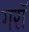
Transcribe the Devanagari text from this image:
गराॅ